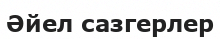
Әйел сазгерлер